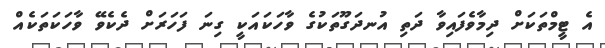
އެ ޓީމްތަކަށް ދިމާވެފައިވާ ދަތި އުނދަގޫތަކުގެ ވާހަކައަކީ ގިނަ ފަހަރަށް ދެކެވޭ ވާހަކަތަކެއް